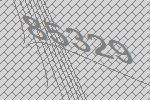
85329